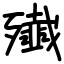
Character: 殱